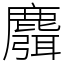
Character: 麛